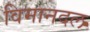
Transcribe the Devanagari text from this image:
विमानदल